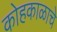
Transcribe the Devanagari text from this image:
कोहकाळाचे